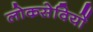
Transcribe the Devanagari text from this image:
लोकसेवियों